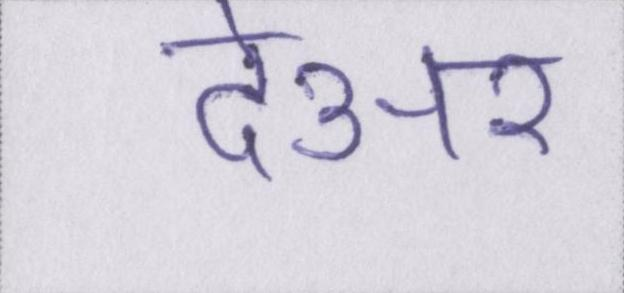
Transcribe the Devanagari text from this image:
देअर